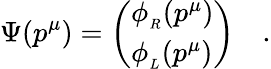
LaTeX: \Psi(p^{\mu})=\left(\begin{array}{l}{{\phi_{_R}(p^{\mu})}}\\ {{\phi_{_L}(p^{\mu})}}\end{array}\right)\quad.